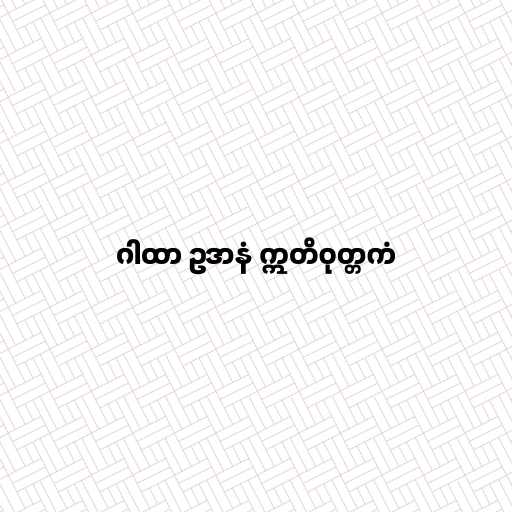
ဂါထာ ဥဒာနံ ဣတိဝုတ္တကံ